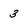
Character: 3